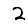
Digit: 2